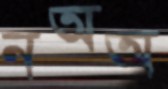
নঅঅ